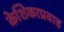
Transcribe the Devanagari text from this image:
केशिकाप्रवाह